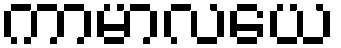
ကာမာလယေ